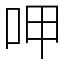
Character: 呷